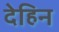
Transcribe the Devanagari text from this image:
देहिन